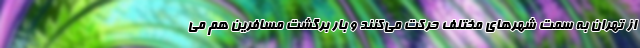
از تهران به سمت شهرهای مختلف حرکت می‌کنند و بار برگشت مسافرین هم می